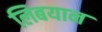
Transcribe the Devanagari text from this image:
लिबयान